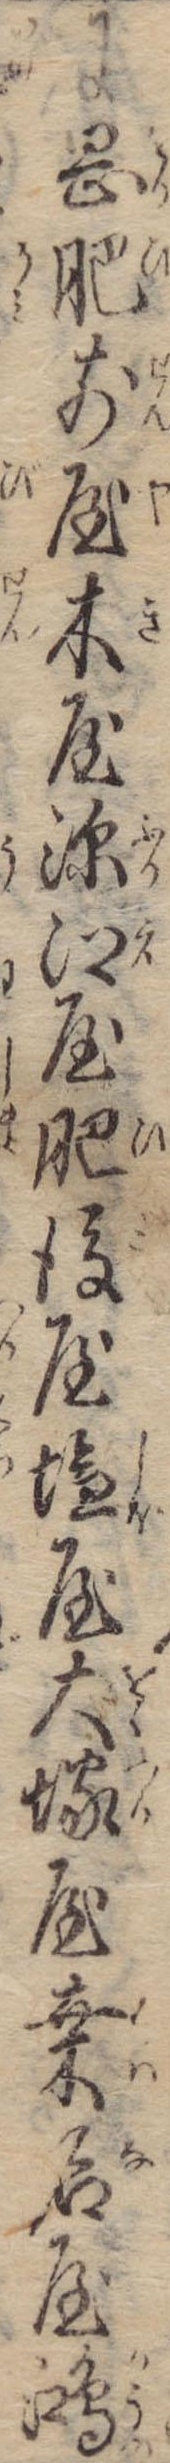
に岡肥前屋木屋深江屋肥後屋塩屋大塚屋桑名屋鴻